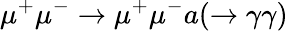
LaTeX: \mu^{+}\mu^{-}\to\mu^{+}\mu^{-}a(\to\gamma\gamma)